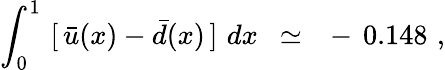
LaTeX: \int_{0}^{1}\, \, [\, \bar{u}(x)-\bar{d}(x)\, ]\, \, dx\ \ \simeq\ \ -\, 0.148\, \, ,